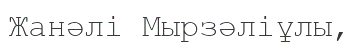
Жанәлі Мырзәліұлы,